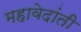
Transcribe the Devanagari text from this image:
महावेदांती